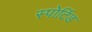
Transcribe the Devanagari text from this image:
स्पोर्टिड